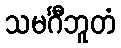
သမင်္ဂီဘူတံ